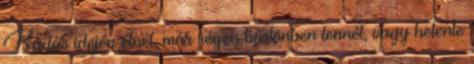
Kádár idején élnél, már régen börtönben lennél, vagy hetente